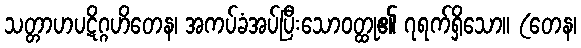
သတ္တာဟပဋိဂ္ဂဟိတေန၊ အကပ်ခံအပ်ပြီးသောဝတ္ထု၏ ၇ရက်ရှိသော။ (တေန၊